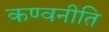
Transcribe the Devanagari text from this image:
कण्वनीति